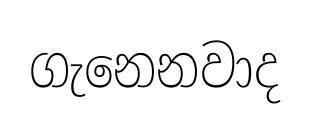
ගැනෙනවාද